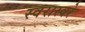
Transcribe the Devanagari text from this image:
स्वरास्वरे